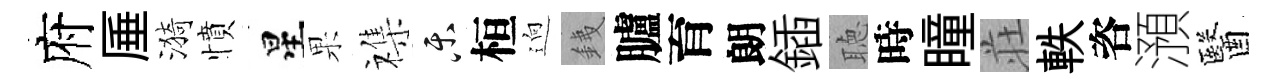
府厜漪憤星果襍乐桓逈銕臚育朗鍤聴時瞳荘軼咨澦醫